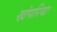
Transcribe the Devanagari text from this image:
खंपरिया